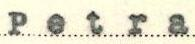
Petra